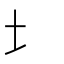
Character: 㘯